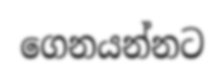
ගෙනයන්නට